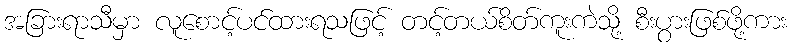
အခြားရာသီမှာ လူစောင့်ပင်ထားရသဖြင့် တင့်တယ်စိတ်ကူးကဲသို့ စီးပွားဖြစ်ဖို့ကား